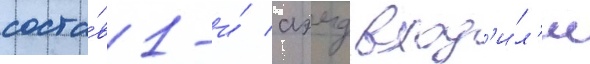
соста́в 1-и́ аэмд вход'и́л'и